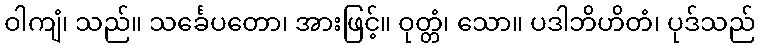
ဝါကျံ၊ သည်။ သင်္ခေပတော၊ အားဖြင့်။ ဝုတ္တံ၊ သော။ ပဒါဘိဟိတံ၊ ပုဒ်သည်